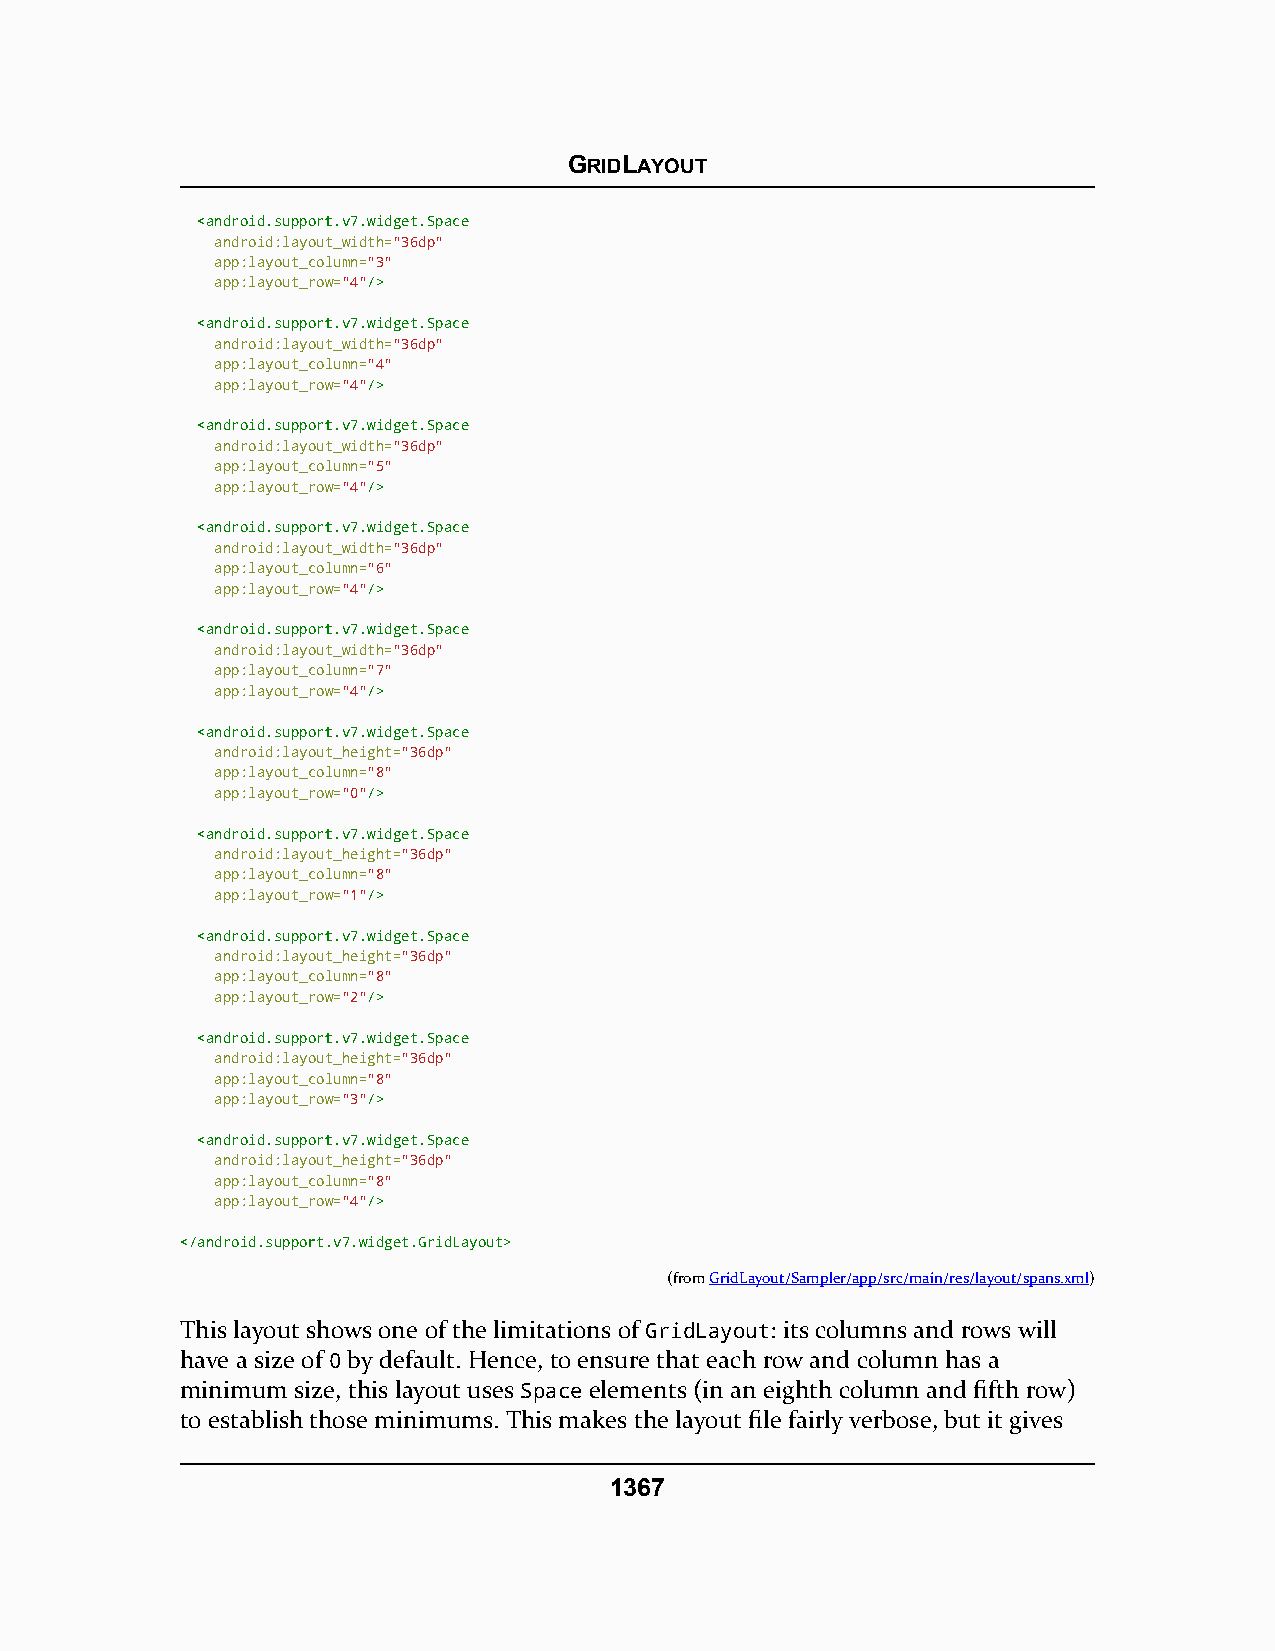
GRIDLAYOUT
 <<aannddrrooiidd..ssuuppppoorrtt..vv77..wwiiddggeett..SSppaaccee
 android:layout_width="36dp"
 app:layout_column="3"
 app:layout_row="4"//>>
 <<aannddrrooiidd..ssuuppppoorrtt..vv77..wwiiddggeett..SSppaaccee
 android:layout_width="36dp"
 app:layout_column="4"
 app:layout_row="4"//>>
 <<aannddrrooiidd..ssuuppppoorrtt..vv77..wwiiddggeett..SSppaaccee
 android:layout_width="36dp"
 app:layout_column="5"
 app:layout_row="4"//>>
 <<aannddrrooiidd..ssuuppppoorrtt..vv77..wwiiddggeett..SSppaaccee
 android:layout_width="36dp"
 app:layout_column="6"
 app:layout_row="4"//>>
 <<aannddrrooiidd..ssuuppppoorrtt..vv77..wwiiddggeett..SSppaaccee
 android:layout_width="36dp"
 app:layout_column="7"
 app:layout_row="4"//>>
 <<aannddrrooiidd..ssuuppppoorrtt..vv77..wwiiddggeett..SSppaaccee
 android:layout_height="36dp"
 app:layout_column="8"
 app:layout_row="0"//>>
 <<aannddrrooiidd..ssuuppppoorrtt..vv77..wwiiddggeett..SSppaaccee
 android:layout_height="36dp"
 app:layout_column="8"
 app:layout_row="1"//>>
 <<aannddrrooiidd..ssuuppppoorrtt..vv77..wwiiddggeett..SSppaaccee
 android:layout_height="36dp"
 app:layout_column="8"
 app:layout_row="2"//>>
 <<aannddrrooiidd..ssuuppppoorrtt..vv77..wwiiddggeett..SSppaaccee
 android:layout_height="36dp"
 app:layout_column="8"
 app:layout_row="3"//>>
 <<aannddrrooiidd..ssuuppppoorrtt..vv77..wwiiddggeett..SSppaaccee
 android:layout_height="36dp"
 app:layout_column="8"
 app:layout_row="4"//>>
 <<//aannddrrooiidd..ssuuppppoorrtt..vv77..wwiiddggeett..GGrriiddLLaayyoouutt>>
 (fromGridLayout/Sampler/app/src/main/res/layout/spans.xml)
 This layout shows one of the limitations of GridLayout: its columns and rows will
 have a size of 0 by default. Hence, to ensure that each row and column has a
 minimum size, this layout uses Space elements (in an eighth column and fifth row)
 to establish those minimums. This makes the layout file fairly verbose, but it gives
 1367